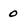
Character: 0